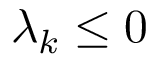
\lambda _ { k } \leq 0